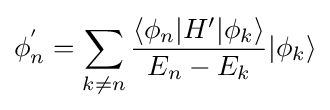
\phi _{n}^{'}=\sum _{k\neq n}{\frac {\langle \phi _{n}|H'|\phi _{k}\rangle }{E_{n}-E_{k}}}|\phi _{k}\rangle